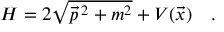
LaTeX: H = 2 \sqrt { \vec { p } \, { } ^ { 2 } + m ^ { 2 } } + V ( \vec { x } ) \quad .